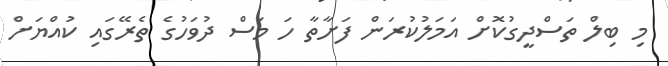
މި ބިލް ތަސްދީގުކޮށް އަމަލުކުރަން ފަށާތާ ހަ މަސް ދުވަހުގެ ތެރޭގައި ކުއްޔަށް